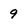
Character: 9